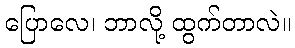
ပြောလေ၊ ဘာလို့ ထွက်တာလဲ။